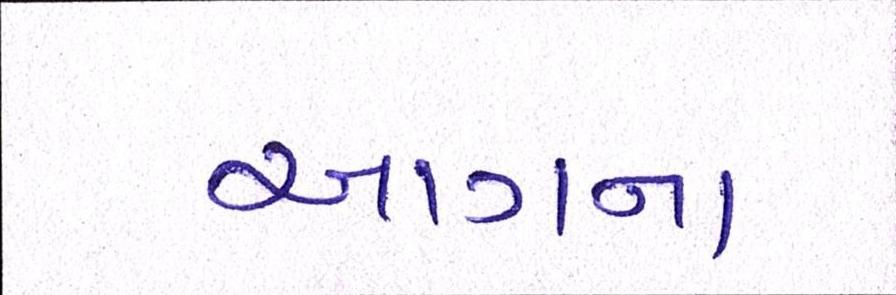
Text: આગના